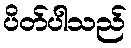
ပိတ်ပါသည်